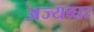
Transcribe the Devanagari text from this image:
अज्यब्घर